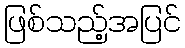
ဖြစ်သည့်အပြင်